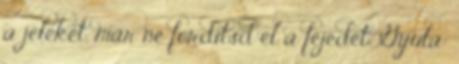
a jeleket, már ne fordítsd el a fejedet Gyula: